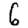
Digit: 6